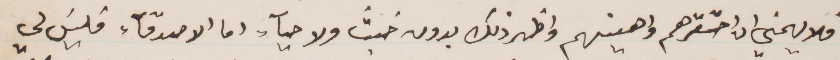
فلا يهمني ان احتقرهم واهينهم بدون خبث ولا حيآء. اما الأصدقاء فليس لي